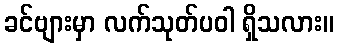
ခင်ဗျားမှာ လက်သုတ်ပဝါ ရှိသလား။